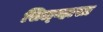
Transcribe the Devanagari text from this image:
सिल्व्हासा